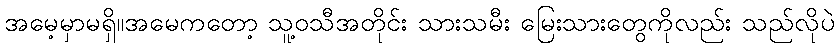
အမေ့မှာမရှိ။အမေကတော့ သူ့ဝသီအတိုင်း သားသမီး မြေးသားတွေကိုလည်း သည်လိုပဲ